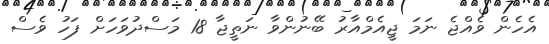
އެހެން ވެއްޖެ ނަމަ ޖީއެމްއާރު ބޭނުންވާ ނަތީޖާ 18 މަސްދުވަހަށް ފަހު ވެސް